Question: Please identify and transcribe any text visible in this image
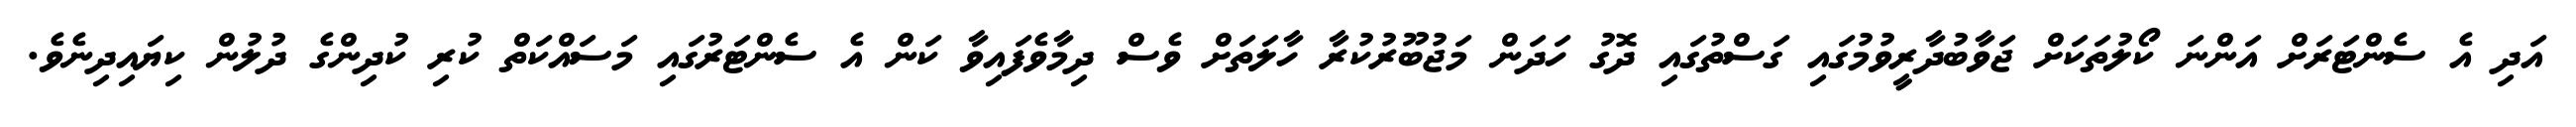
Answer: އަދި އެ ސެންޓަރަށް އަންނަ ކޯލުތަކަށް ޖަވާބުދާރީވުމުގައި ގަސްތުގައި ދޮގު ހަދަން މަޖުބޫރުކުރާ ހާލަތަށް ވެސް ދިމާވެފައިވާ ކަން އެ ސެންޓަރުގައި މަސައްކަތް ކުރި ކުދިންގެ ދުލުން ކިޔައިދިނެވެ.